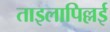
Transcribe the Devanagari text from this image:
ताइलापिल्लई